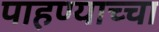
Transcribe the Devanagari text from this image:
पाहण्याच्चा